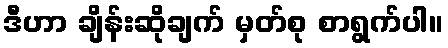
ဒီဟာ ချိန်းဆိုချက် မှတ်စု စာရွက်ပါ။